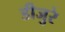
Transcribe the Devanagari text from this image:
डीजुरे